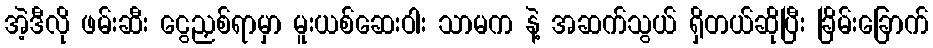
အဲ့ဒီလို ဖမ်းဆီး ငွေညှစ်ရာမှာ မူးယစ်ဆေးဝါး သာမက နဲ့ အဆက်သွယ် ရှိတယ်ဆိုပြီး ခြိမ်းခြောက်